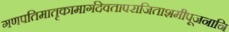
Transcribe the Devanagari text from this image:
गणपतिमातृकामार्गदेवतापराजिताशमीपूजनानि